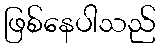
ဖြစ်နေပါသည်